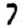
Digit: 7